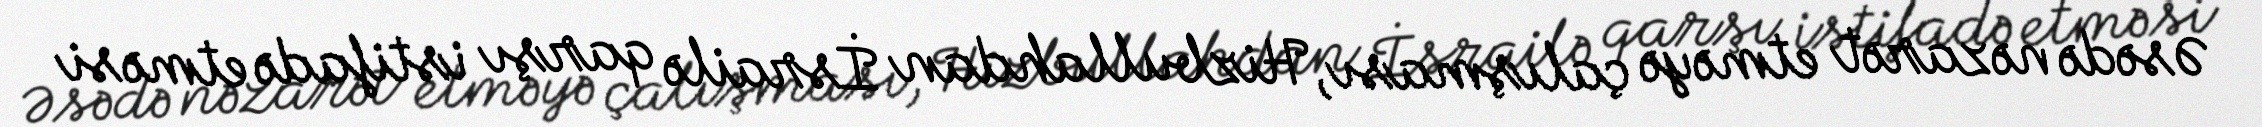
Əsədə nəzarət etməyə çalışması, Hizbullahdan İsrailə qarşı istifadə etməsi